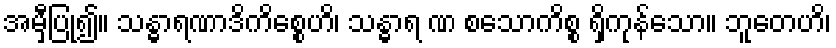
အမှီပြု၍။ သန္ဓာရဏာဒိကိစ္စေဟိ၊ သန္ဓာရ ဏ စသောကိစ္စ ရှိကုန်သော။ ဘူတေဟိ၊